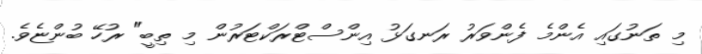
މި ތަނުގައި އެންމެ ފެންވަރު ރަނގަޅު އިންސްޓްރަކްޓަރުން މި ތިބީ" ރުހޭ ބުންޏެވެ.